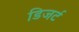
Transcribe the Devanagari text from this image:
डिजर्ट